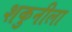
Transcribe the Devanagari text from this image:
शकुनीला